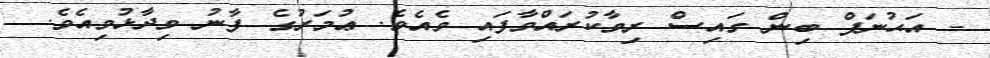
- އަޙުނަފް ބިން ގައިސް ރިވާކުރައްވާފައި ވެއެވެ. ޢުމަރުގެ ފާނު ވިދާޅުވިއެވެ.